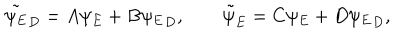
LaTeX: \tilde { \psi _ { E } } _ { D } = A \psi _ { E } + B { \psi _ { E } } _ { D } , \qquad { \tilde { \psi } } _ { E } = C \psi _ { E } + D { \psi _ { E } } _ { D } ,